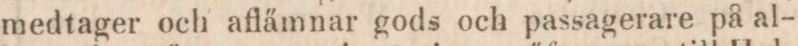
medtager och aflämnar gods och passagerare på al-